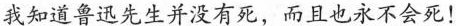
我知道鲁迅先生并没有死，而且也永不会死!